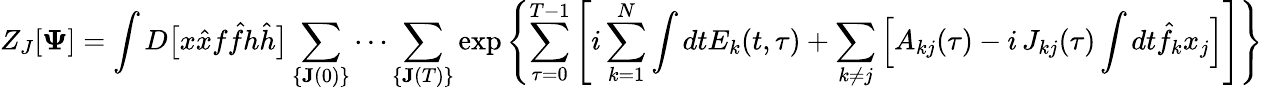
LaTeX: Z_{J}[\mathbf{\Psi}]=\int D\big[x\hat{x}f\hat{f}h\hat{h}\big]\sum_{\{ \mathbf{J}(0)\} }\cdots\sum_{\{ \mathbf{J}(T)\} }\exp\left\{ \sum_{\tau=0}^{T-1}\left[i\sum_{k=1}^{N}\int dtE_{k}(t,\tau)+\sum_{k\neq j}\Big[A_{kj}(\tau)-i\, J_{kj}(\tau)\int dt\hat{f}_{k}x_{j}\Big]\right]\right\}